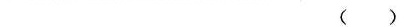
()